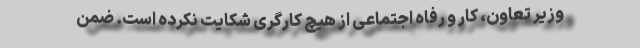
وزیر تعاون، کار و رفاه اجتماعی از هیچ کارگری شکایت نکرده است. ضمن